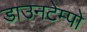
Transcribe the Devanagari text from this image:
डाउनटेम्पो